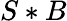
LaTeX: S*B